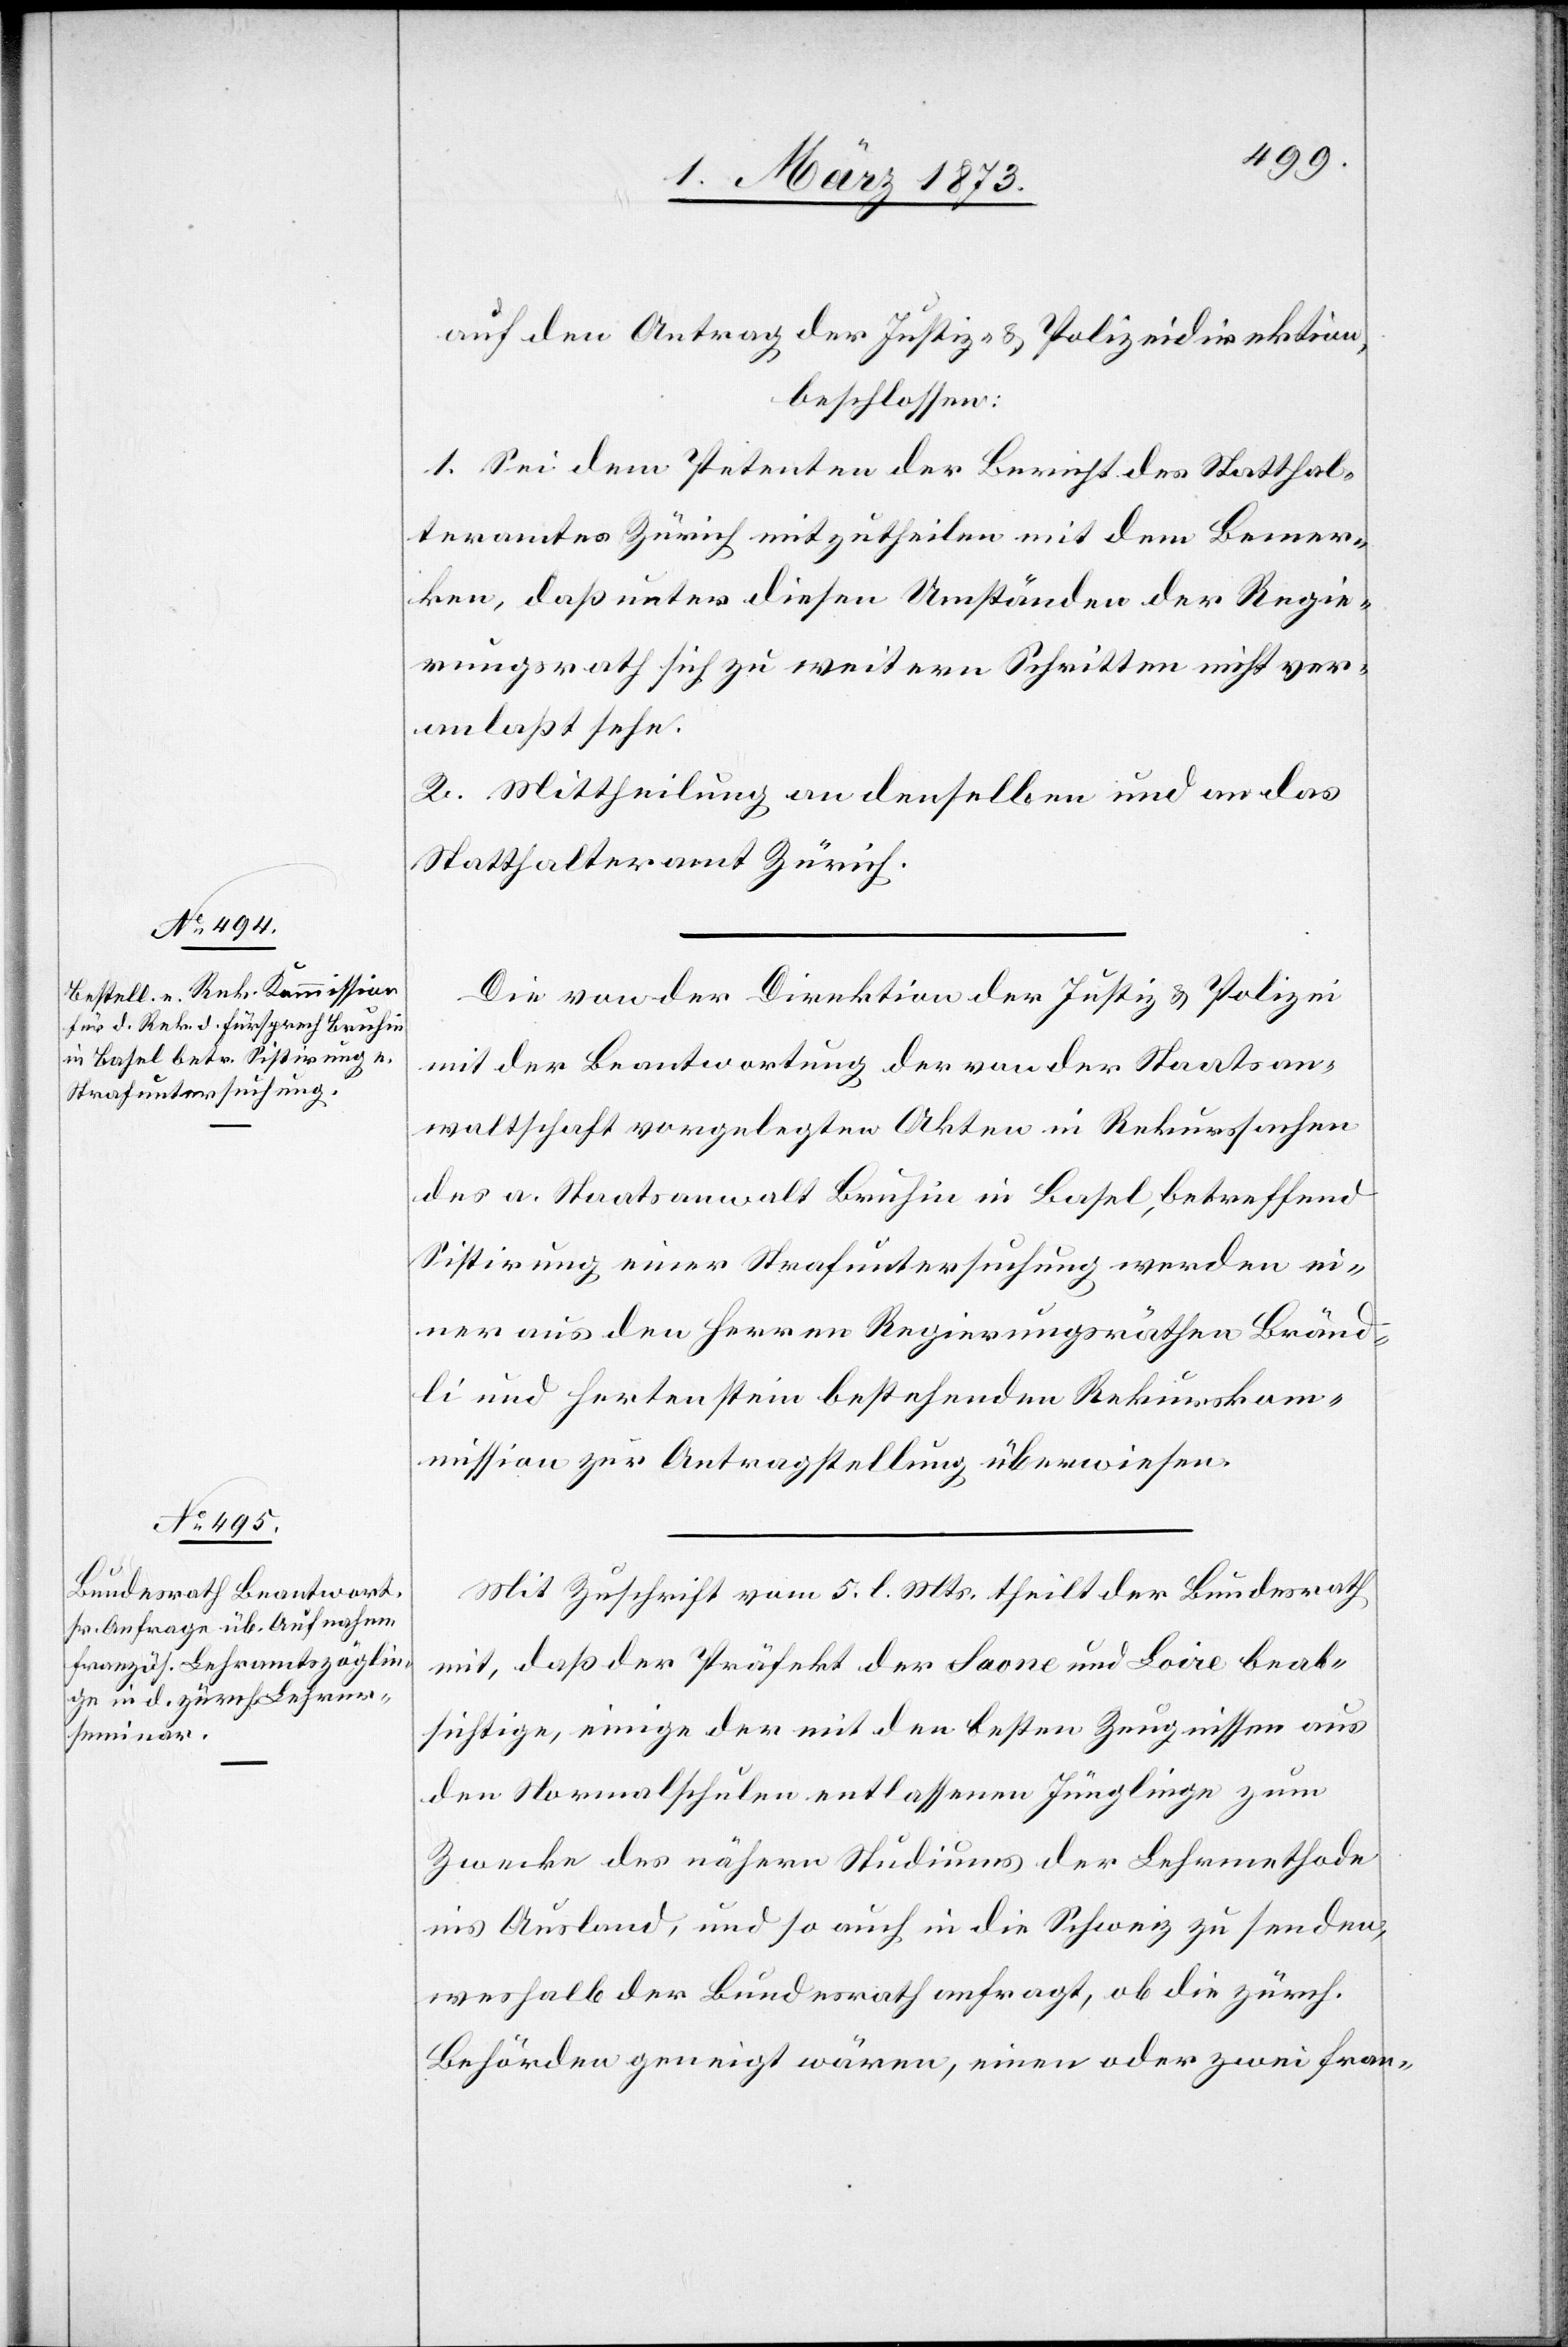
auf den Antrag der Justiz- u. Polizeidirektion,
beschlossen:
1. Sei dem Petenten der Bericht des Statthal¬
teramtes Zürich mitzutheilen mit dem Bemer¬
ken, daß unter diesen Umständen der Regie¬
rungsrath sich zu weitern Schritten nicht ver¬
anlaßt sehe.
2. Mittheilung an denselben und an das
Statthalteramt Zürich.
Die von der Direktion der Justiz u. Polizei
mit der Beantwortung der von der Staatsan¬
waltschaft vorgelegten Akten in Rekurssachen
des a. Staatsanwalt Bruhin in Basel, betreffend
Sistirung einer Strafuntersuchung[,] werden ei¬
ner aus den Herren Regierungsräthen Bränd¬
li und Hertenstein bestehenden Rekurskom¬
mission zur Antragstellung überweisen.
Mit Zuschrift vom 5. l. Mts. theilt der Bundesrath
mit, daß der Präfekt der Saone und Loire beab¬
sichtige, einige der mit den besten Zeugnissen aus
den Normalschulen entlassenen Jünglinge zum
Zwecke des nähern Studiums der Lehrmethode
ins Ausland, und so auch in die Schweiz zu senden,
weshalb der Bundesrath anfragt, ob die zürch.
Behörden geneigt wären, einen oder zwei fran-